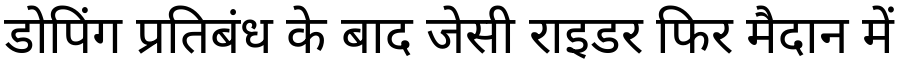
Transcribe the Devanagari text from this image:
डोपिंग प्रतिबंध के बाद जेसी राइडर फिर मैदान में